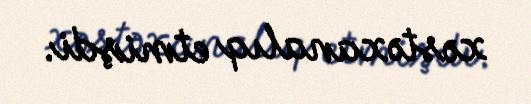
xəstəxanalıq etmişdi.